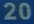
20